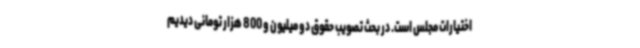
اختیارات مجلس است. در بحث تصویب حقوق دو میلیون و 800 هزار تومانی دیدیم